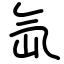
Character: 氙